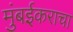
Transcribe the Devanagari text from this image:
मुंबईकराचा